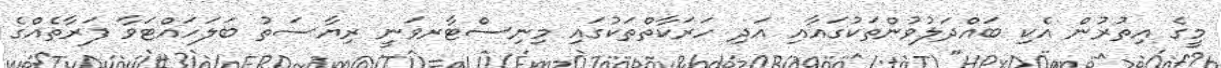
މީގެ އިތުރުން އެކި ބައްދަލުވުންތަކުގައާއި އަދި ހަރަކާތްތަކުގައި މިނިސްޓާރވަނީ ރިޔާސަތު ބަލަހައްޓަވާ ފަރާތެއްގެ